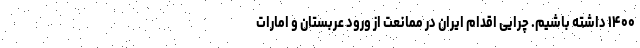
۱۴۰۰ داشته باشیم. چرایی اقدام ایران در ممانعت از ورود عربستان و امارات